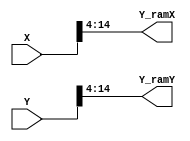
module update_1(X, Y, Y_ramX, Y_ramY);

input [15:0]  X;
input [15:0]  Y;

output [10:0]  Y_ramX;
output [10:0]  Y_ramY;

assign Y_ramX = X >> 3'b100;
assign Y_ramY = Y >> 3'b100;

endmodule